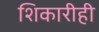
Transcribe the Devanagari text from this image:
शिकारीही